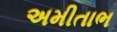
અમીતાભ